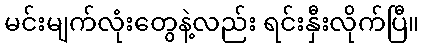
မင်းမျက်လုံးတွေနဲ့လည်း ရင်းနှီးလိုက်ပြီ။